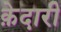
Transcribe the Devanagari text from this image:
क़ेदारी